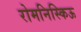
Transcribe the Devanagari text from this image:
रोमनिस्किऊ